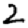
Digit: 2